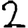
Digit: 2